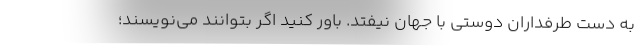
به دست طرفداران دوستی با جهان نیفتد. باور کنید اگر بتوانند می‌نویسند؛